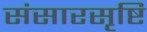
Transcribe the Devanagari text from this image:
संसारसृष्टि